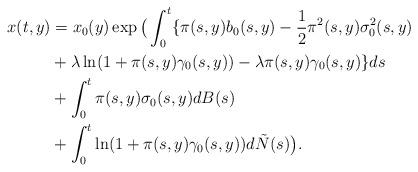
LaTeX: \begin{align*}x(t,y)& = x_0(y) \exp \big( \int_0^t \{\pi(s,y) b_0(s,y)-\frac{1}{2}\pi^2(s,y)\sigma_0^2(s,y) \\&+\lambda\ln(1+\pi(s,y)\gamma_0(s,y)) -\lambda \pi(s,y) \gamma_0(s,y)\} ds \\&+\int_0^t \pi(s,y) \sigma_0(s,y)dB(s) \\&+ \int_0^t \ln(1+ \pi(s,y) \gamma_0(s,y)) d\tilde{N}(s) \big).\end{align*}